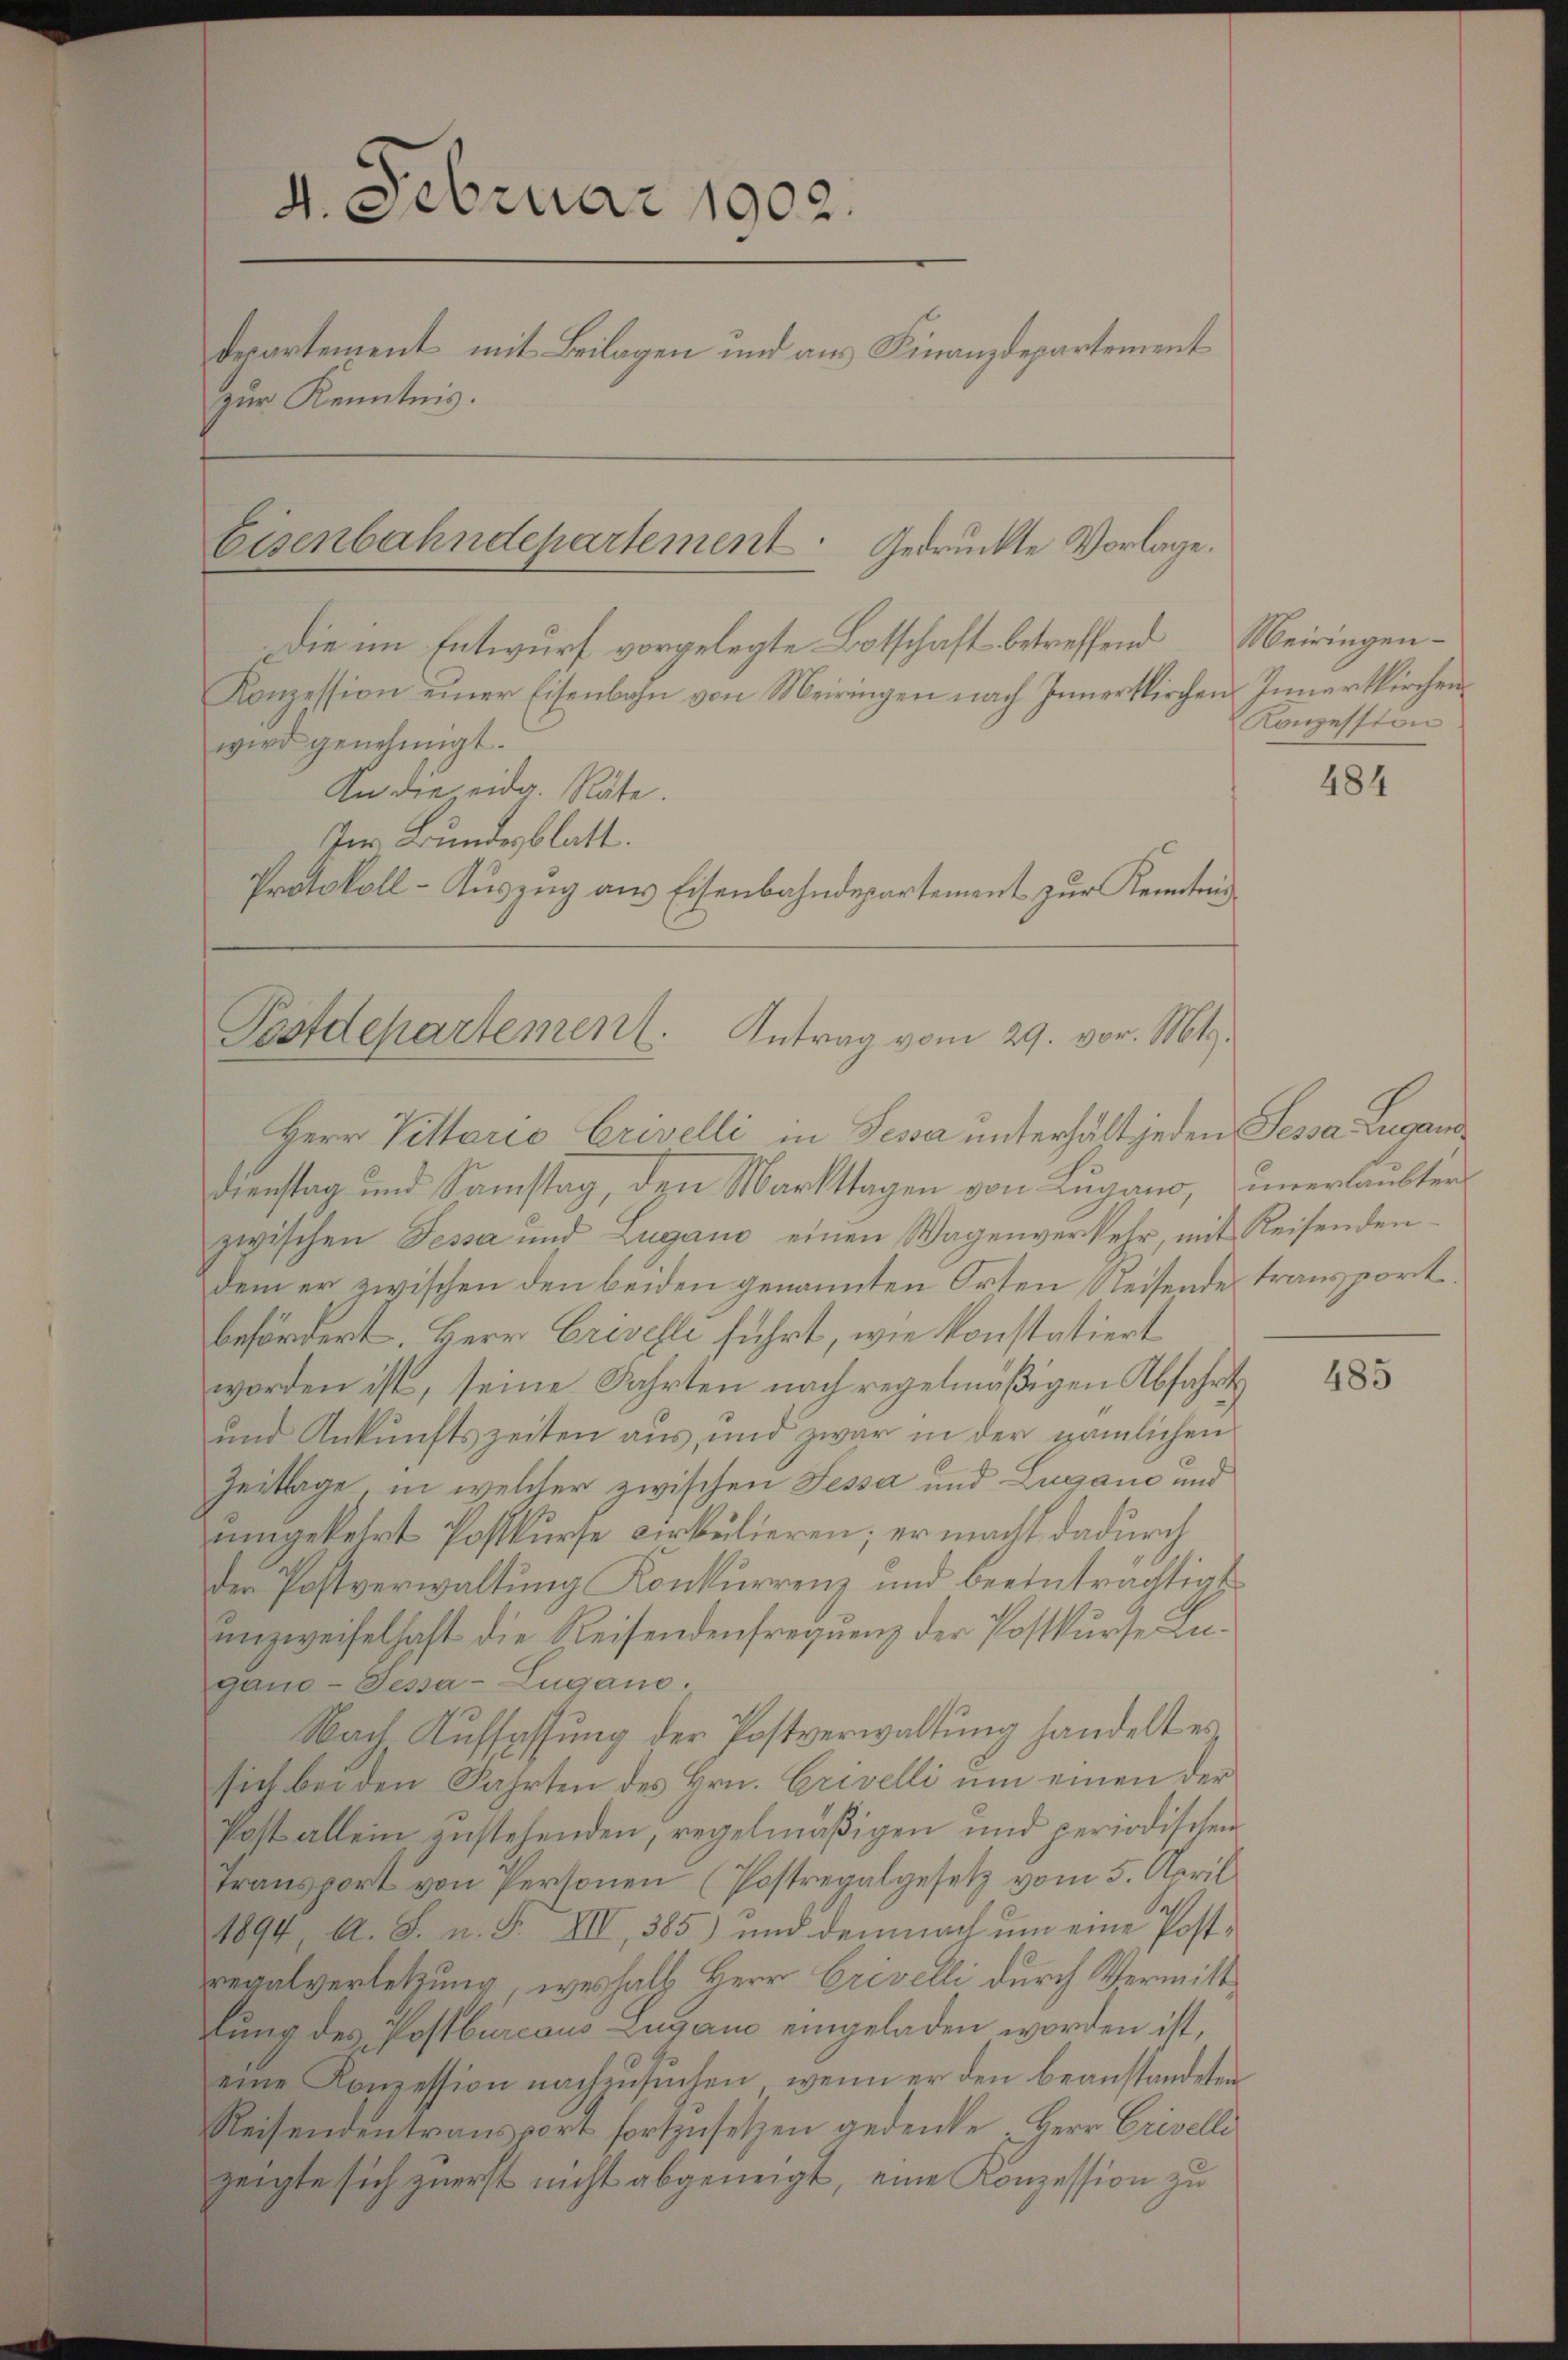
4. Februar 1902.
departement mit Beilagen und aus Finanzdepartement
zur Kenntnis.

Eisenbahndepartement. Gedruckte Vorlage.
Die im Entwurf vorgelegte Botschaft betreffend Meiringen¬

Konzession einer Eisenbahn von Meiringen nach Innertkirchen Innertkirchen
wird genehmigt.
An die eidg. Räte.
Im Bundesblatt.
Protokoll-Aŭszŭg ans Eisenbahndepartement zur Kenntni

Pofdepartement. Antrag vom 29. vor. Mts.
Herr Vittorio Crivelli in Pesa unterhält jeden Sessa Lugand

Dienstag und Samstag, den Markttagen von Lugano, unerlaubten
zwischen Fessa und Zugano einen Wagenverkehr, mit Reisenden
dem er zwischen den beiden genannten Orten Reisende transport
befördert. Herr Crisehli führt, wie konstatiert
worden ist, seine Fahrten nach regelmäßigen Abfahrts
und Ankunftszeiten aus, und zwar in der nämlichen
Zeitlage, in welcher zwischen Fessa und Lugane und
rumgekehrt Postkurse cirkulieren; er macht dadurch
der Postverwaltung Konkurrenz und beeinträchtigt
unzweifelhaft die Reisendenfrequenz der Postkurse Lugano-Jessa-Lugano.
Nach Auffassung der Postverwaltung handelt es
sich bei den Fahrten des Hrn. Grivelli um einen der
Post allein gestehenden, regelmäβigen und periodischen
Transport von Personen (Postregalgesetz vom 5. April
1894, A. S. n. F. VII, 385) und demnach um eine Postregalverletzung, weshalb Herr Crivelli durch Vermittlung des Postburcous Lugano eingeladen worden ist,
eine Konzession nachzusuchen, wenn er den beanstandeten
Reisendentransport fortzusetzen gedenke. Herr Criselli
zeigte sich zuerst nicht abgeneigt, eine Konzession zu

Konzession

484

485